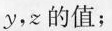
y，z的值；